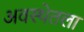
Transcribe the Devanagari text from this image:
अवस्थेतला